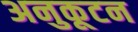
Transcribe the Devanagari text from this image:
अनुकूटन